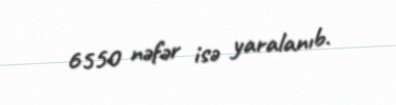
6550 nəfər isə yaralanıb.